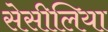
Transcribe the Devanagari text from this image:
सेसीलिया